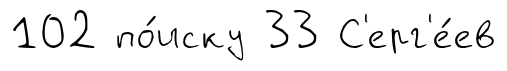
102 по́иску 33 С'ерг'е́ев